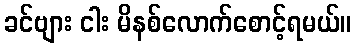
ခင်ဗျား ငါး မိနစ်လောက်စောင့်ရမယ်။